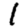
Digit: 1